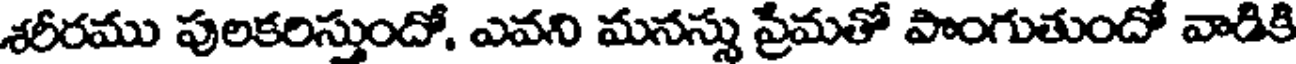
శరీరము పులకరిస్తుందో, ఎవని మనస్సు ప్రేమతో పొంగుతుందో వాడికి